Scientific memoirs by medical officers of the Army of India - Part XI,
Year: 1898
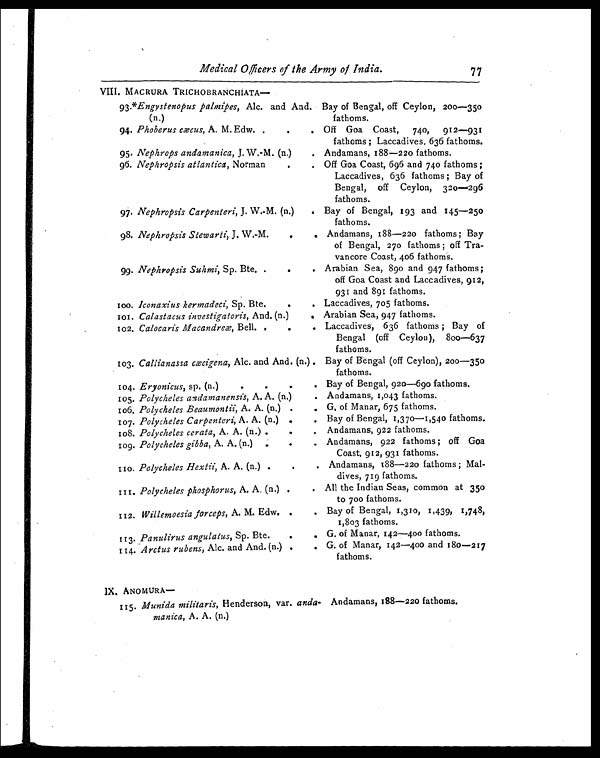
Medical officers of the Army of India.— 77
VIII. MACRURA TRICHOBRANCHIATA
Bay of Bengal, off Ceylon, 200—35
fathoms.
93.*Engystenopus palmipes, AIc. and And.
(n.)
94. Phoberus cæcus, A. M. Edw. .
.
. Off Goa Coast, 740, 912—93
I fathoms ; Laccadives, 636 fathoms.
95. Nephrops andamanica, J. W.-M. (n.)
. Andamans, 188—220 fathoms.
96. Nephropsis atlantica, Norman. Off Goa Coast, 696 and 740 fathoms ;
Laccadives, 636 fathoms ; Bay of
Bengal, off Ceylon, 32o—296
fathoms.
97. Nephropsis Carpenteri, J. W.-M. (n.)
. Bay of Bengal, 193 and 145—250
fathoms.
98. Nephropsis Stewarti, J. W.-M.
.
. Andamans, 188—220 fathoms; Bay
of Bengal, 270 fathoms ; off Tra-
vancore Coast, 406 fathoms.
99. Nephropsis Suhmi, Sp. Bte. .
.
, Arabian Sea, 890 and 947 fathoms;
off Goa Coast and Laccadives, 912,
931 and 891 fathoms.
100. Iconaxius kermadeci, Sp. Bte.
.
. Laccadives, 705 fathoms.
101. Calastacus investigatoris, And. (n.)
Arabian Sea, 947 fathoms.
102. Calocaris Macandreæ, Bell. .
.
. Laccadives, 636 fathoms ; Bay of
Bengal (off Ceylon), 800—637
fathoms.
103. Callianassa cæcigena, Alc. and And. (n.) . Bay of Bengal (off Ceylon), 200—350
fathoms.
104. Eryonicus, sp. (n.).
. Bay of Bengal, 920—690 fathoms.
105. Polycheles andamanensis, A. A. (n.)
. Andamans, 1,043 fathoms.
106. Polycheles Beaumontii, A. A. (n.) .
. G, of Manar, 675 fathoms.
107. Polycheles Carpenteri, A. A. (n.) .
. Bay of Bengal, 1,370—1,540 fathoms.
108. Polycheles cerata, A. A. (n.) .
. Andamans, 922 fathoms.
109. Polycheles gibba, A. A. (n.)
.
. Andamans, 922 fathoms ; off Goa
Coast, 912, 931 fathoms.
110. Polycheles Hextii, A. A. (n.) .
. . Andamans, 68—220 fathoms ; Mal-
dives, 719 fathoms.
111. Polycheles phosphorus, A. A. (n.) .
. All the Indian Seas, common at 35
0 to 700 fathoms.
112. Willemoesia forceps, A. M. Edw. .
. Bay of Bengal, 1,310,1,439, 1,748,
1,803 fathoms.
113. Panulirus angulatus, Sp. Bte.
. . G. of Manar, 142—400 fathoms.
114. Arctus rubens, Alc. and And. (n.) .
. G. of Manar, 142—400 and 180—217
fathoms.
IX. ANOMURA
—
115. Munida militaris, Henderson, var. anda-
manica, A. A. (n,)
Andamans, 188—220 fathoms.